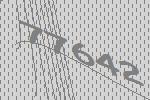
77642